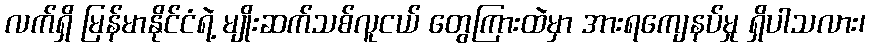
လက်ရှိ မြန်မာနိုင်ငံရဲ့ မျိုးဆက်သစ်လူငယ် တွေကြားထဲမှာ အားရကျေနပ်မှု ရှိပါသလား၊